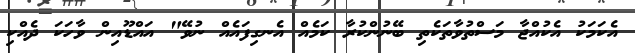
އެކަމަކު އެކުއްޖާ މަސްތުވާތަކެތި ބޭނުންކުރާ ކަމެއް އެނގިފައެއް ނުވޭ" އައްޑޫއިން ވާހަކަ ދެއްކި